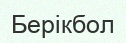
Берікбол